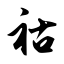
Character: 祜